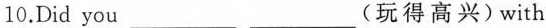
10.Did you ___ ___ (玩得高兴)with